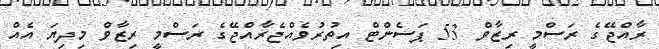
ރާއްޖޭގެ ރަސްމީ ރިޒާވް 53 ޕަސެންޓް އިތުރުވެއްޖެރާއްޖޭގެ ރަސްމީ ރިޒާވް މިދިޔަ އެއް